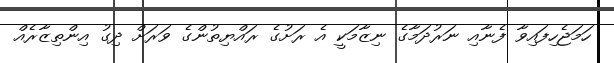
ހަމަޖެހިފައިވާ ފެނާއި ނަރުދަމާގެ ނިޒާމަކީ އެ ރަށުގެ ރައްޔިތުންގެ ވަރަށް ދިގު އިންތިޒާރެއް